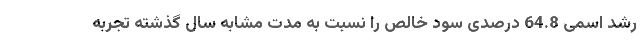
رشد اسمی 64.8 درصدی سود خالص را نسبت به مدت مشابه سال گذشته تجربه